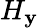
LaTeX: H_{\mathbf{y}}